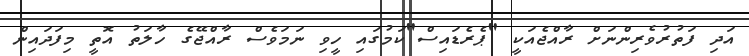
އަދި ފަތުރުވެރިންނަށް ރާއްޖެއަކީ "ޕެރެޑައިސް"ކަމުގައި ހީވި ނަމަވެސް ރާއްޖޭގެ ހާލަތު އޮތީ މިފަދައިން